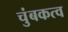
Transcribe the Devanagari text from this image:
चुंबकत्‍व